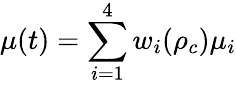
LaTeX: \mu(t)=\sum_{i=1}^{4}w_{i}(\rho_{c})\mu_{i}